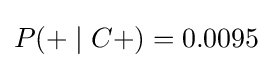
P(+\mid C{+})=0.0095